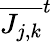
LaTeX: \overline{{J_{j,k}}}^{t}